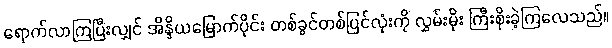
ရောက်လာကြပြီးလျှင် အိန္ဒိယမြောက်ပိုင်း တစ်ခွင်တစ်ပြင်လုံးကို လွှမ်းမိုး ကြီးစိုးခဲ့ကြလေသည်။